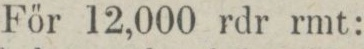
För 12,000 rdr rmt: